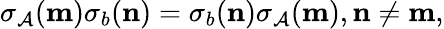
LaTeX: \sigma_{\mathcal{A}}({\mathbf{m}})\sigma_{b}({\mathbf{n}})=\sigma_{b}({\mathbf{n}})\sigma_{\mathcal{A}}({\mathbf{m}}),{\mathbf{n}}\neq{\mathbf{m}},